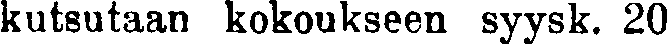
kutsutaan kokoukseen syysk. 20